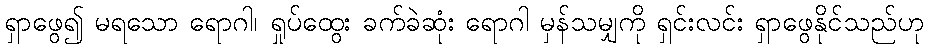
ရှာဖွေ၍ မရသော ရောဂါ၊ ရှုပ်ထွေး ခက်ခဲဆုံး ရောဂါ မှန်သမျှကို ရှင်းလင်း ရှာဖွေနိုင်သည်ဟု